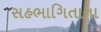
સહભાગિતાના